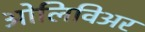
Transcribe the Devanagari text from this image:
ओलिविअर